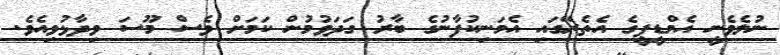
ނުލެވެނީ އެމްޑީޕީގެ އެތެރޭގައި އެމަނިކުފާނުގެ ބާރު ގަދަވުމުން ކަމަށް ވެސް މޫސަ ވިދާޅުވިއެވެ.